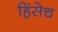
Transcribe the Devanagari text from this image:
हिंसेच